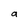
Character: 9